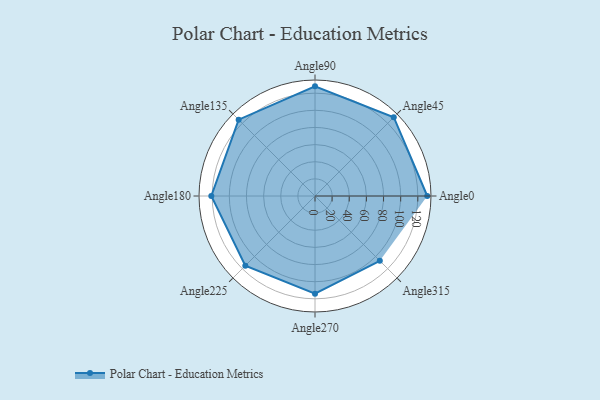
{"axis": {"x": "Angle", "y": "Radius"}, "legend": [""], "data": [{"x": "Angle0", "y": 131.0, "type": ""}, {"x": "Angle45", "y": 130.0, "type": ""}, {"x": "Angle90", "y": 128.0, "type": ""}, {"x": "Angle135", "y": 126.0, "type": ""}, {"x": "Angle180", "y": 121.0, "type": ""}, {"x": "Angle225", "y": 115.0, "type": ""}, {"x": "Angle270", "y": 114.0, "type": ""}, {"x": "Angle315", "y": 107.0, "type": ""}]}